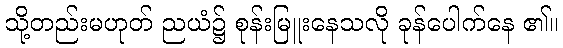
သို့တည်းမဟုတ် ညယံ၌ စုန်းမြူးနေသလို ခုန်ပေါက်နေ ၏။